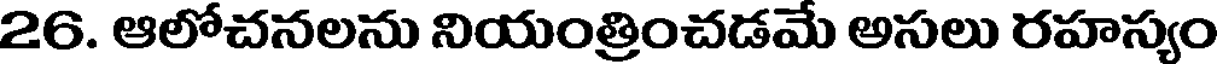
26. ఆలోచనలను నియంత్రించడమే అసలు రహస్యం